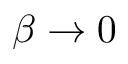
\beta \rightarrow 0